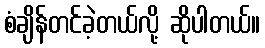
စံချိန်တင်ခဲ့တယ်လို့ ဆိုပါတယ်။